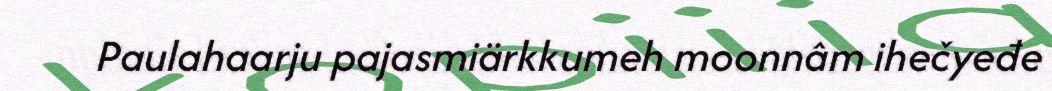
Paulahaarju pajasmiärkkumeh moonnâm ihečyeđe